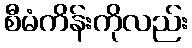
စီမံကိန်းကိုလည်း